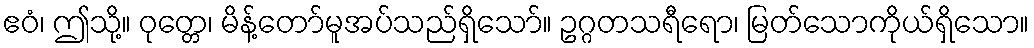
ဧဝံ၊ ဤသို့။ ဝုတ္တေ၊ မိန့်တော်မူအပ်သည်ရှိသော်။ ဥဂ္ဂတသရီရော၊ မြတ်သောကိုယ်ရှိသော။